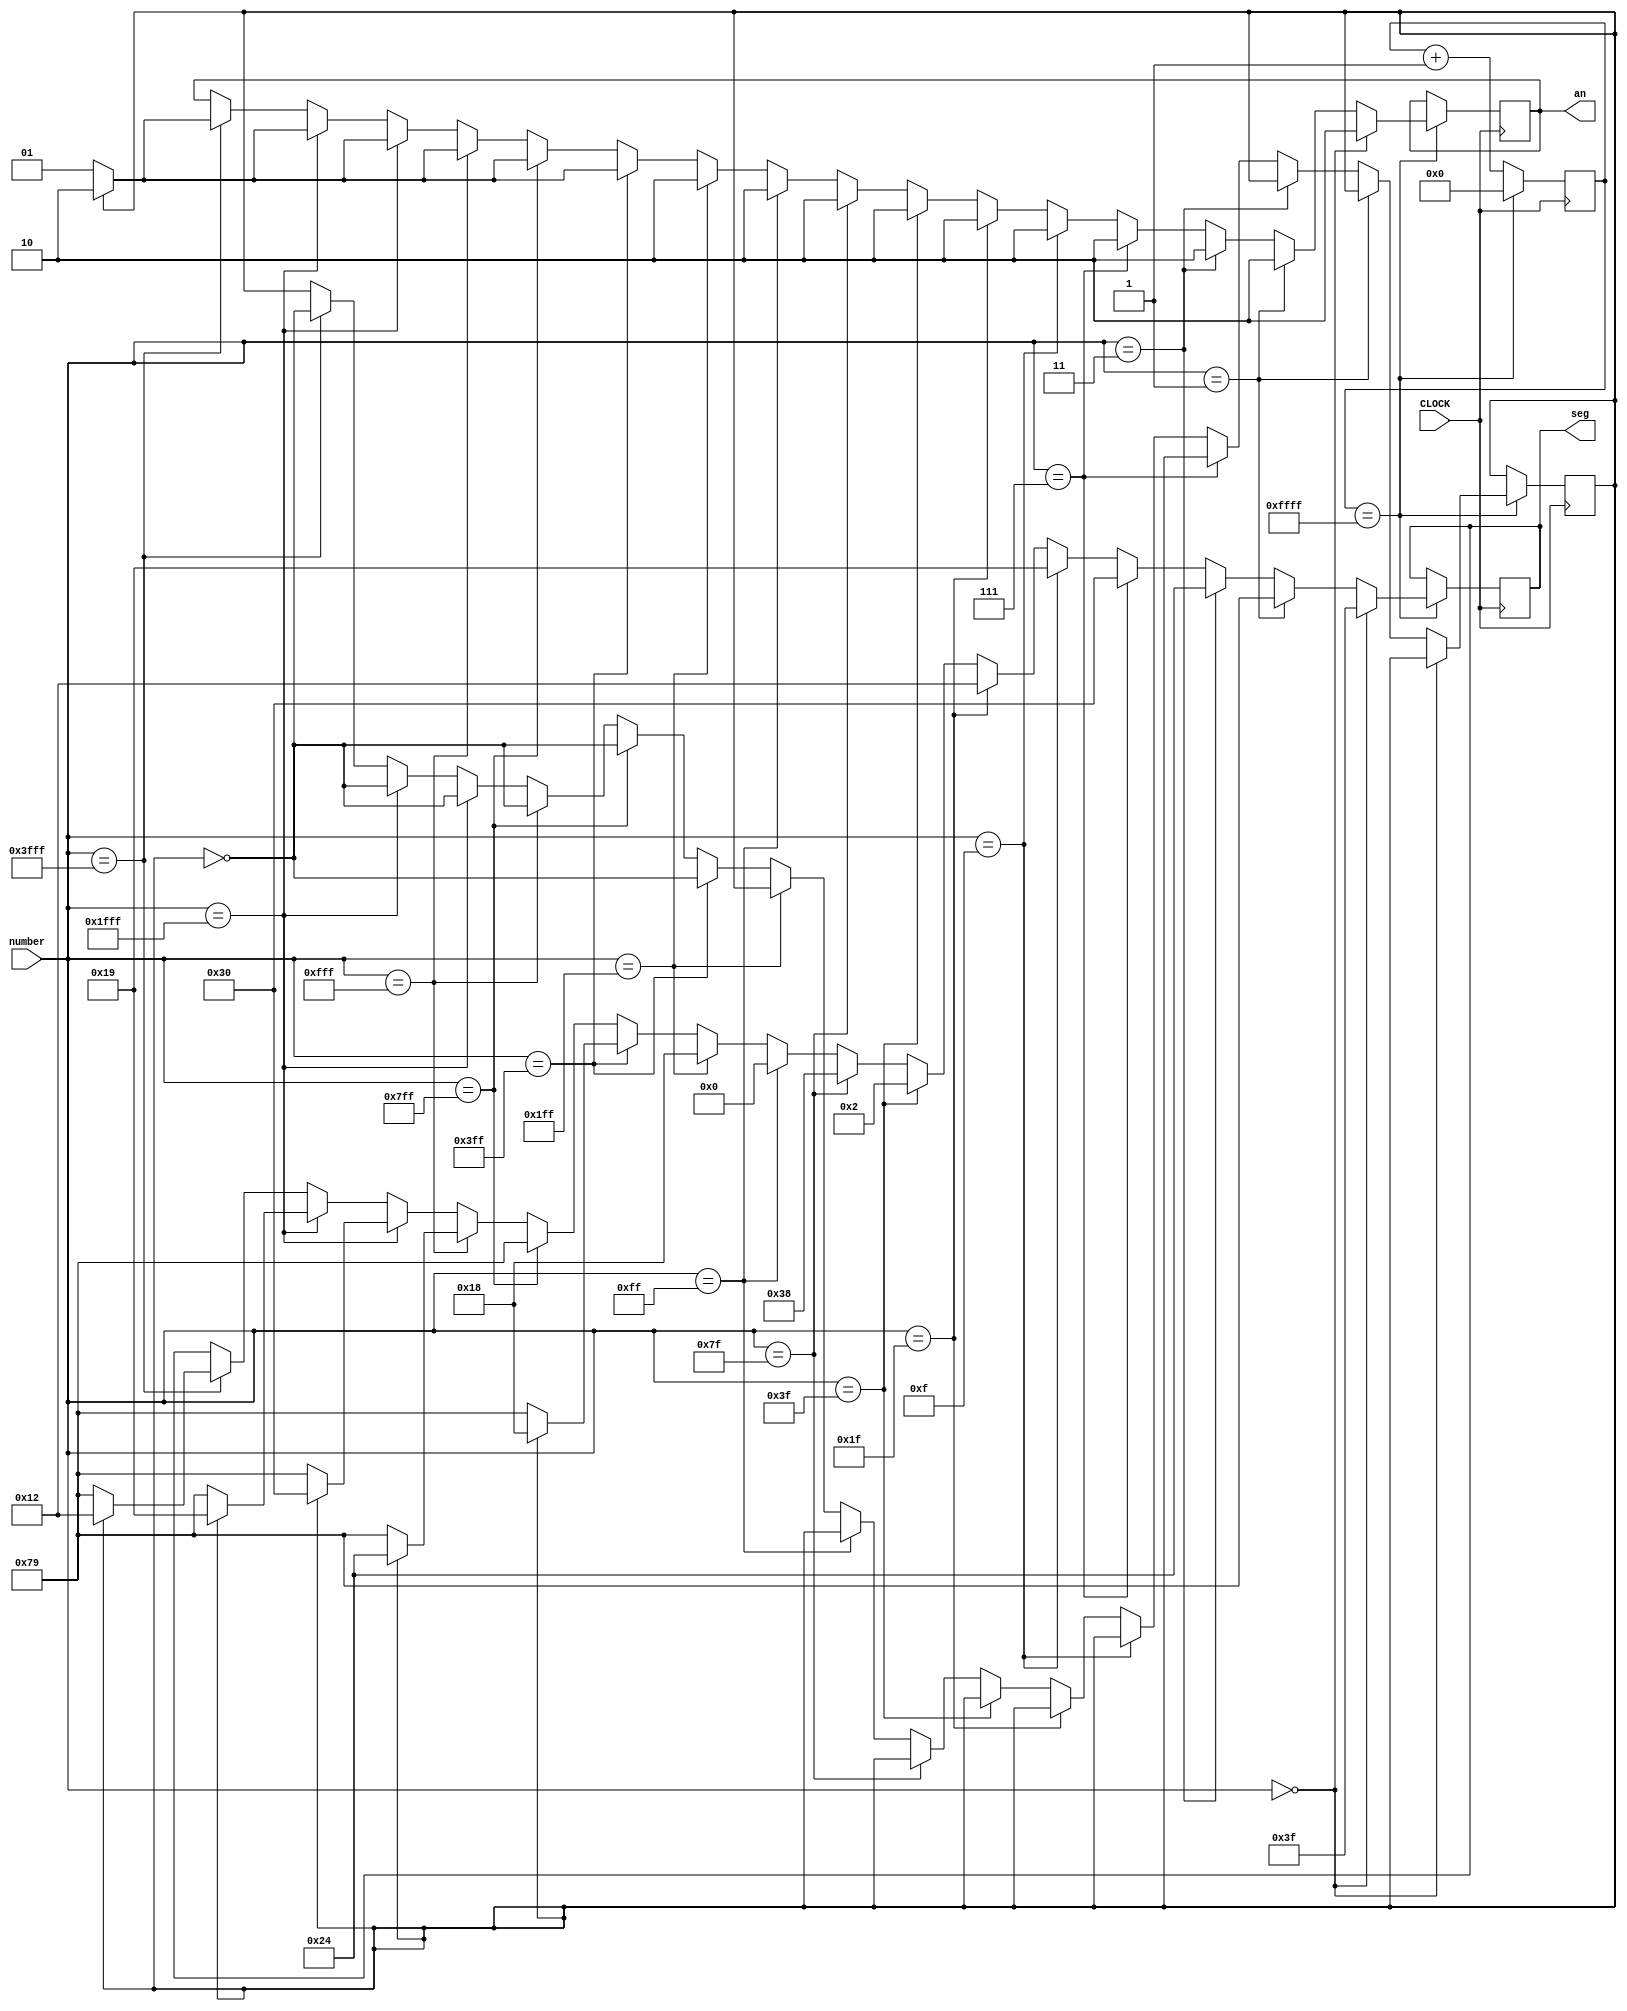
`timescale 1ns / 1ps
//////////////////////////////////////////////////////////////////////////////////
// Company: 
// Engineer: 
// 
// Design Name: 
// Module Name: sevenSegVolume
// Project Name: 
// Target Devices: 
// Tool Versions: 
// Description: 
// 
// Dependencies: 
// 
// Revision:
// Revision 0.01 - File Created
// Additional Comments:
// 
//////////////////////////////////////////////////////////////////////////////////


module sevenSegVolume(input[15:0] number, input CLOCK, output[1:0]an, output[6:0]seg);
    reg[15:0] COUNT_SET = 16'b1111111111111111;
    reg[15:0] COUNT_NOW = 0;
    reg[1:0] currentAN = 3;
    reg [6:0] currentSeg = 7'b1111111;
    reg  isSecondDigit = 1;
    always @ (posedge CLOCK) begin  
        COUNT_NOW <= COUNT_NOW + 1;
        if (COUNT_NOW == COUNT_SET) begin
            if (number == 0) begin
                currentAN <= 2'b10;
                currentSeg <= 7'b0111111;
            end else if (number == 1) begin
                currentAN <= 2'b10;
                currentSeg <= 7'b1111001;
            end else if (number == 2'b11) begin
                currentAN <= 2'b10;
                currentSeg <= 7'b0100100;
            end  else if (number == 3'b111) begin
               currentAN <= 2'b10;
               currentSeg <= 7'b0110000;
            end  else if (number == 4'b1111) begin
                 currentAN <= 2'b10;
                 currentSeg <= 7'b0011001;
            end else if (number == 5'b11111) begin
                  currentAN <= 2'b10;
                  currentSeg <= 7'b0010010;
             end else if (number == 6'b111111) begin
                    currentAN <= 2'b10;
                    currentSeg <= 7'b0000010;
               end else if (number == 7'b1111111) begin
                    currentAN <= 2'b10;
                    currentSeg <= 7'b0111000;
               end else if (number == 8'b11111111) begin
                    currentAN <= 2'b10;
                    currentSeg <= 7'b0000000;
               end else if (number == 9'b111111111) begin
                    currentAN <= 2'b10;
                    currentSeg <= 7'b0011000;
               end else if (number == 10'b1111111111) begin
                    if (isSecondDigit) begin
                        currentAN <= 2'b10;
                        currentSeg <= 7'b0011000;
                    end else begin
                        currentAN <= 2'b01;
                        currentSeg <= 7'b1111001;
                    end
                    isSecondDigit <= ~isSecondDigit;
               end else if (number == 11'b11111111111) begin
                   if (isSecondDigit) begin
                       currentAN <= 2'b10;
                       currentSeg <= 7'b1111001;
                   end else begin
                       currentAN <= 2'b01;
                       currentSeg <= 7'b1111001;
                   end
                   isSecondDigit <= ~isSecondDigit;
              end else if (number == 12'b111111111111) begin
                     if (isSecondDigit) begin
                         currentAN <= 2'b10;
                         currentSeg <= 7'b0100100;
                     end else begin
                         currentAN <= 2'b01;
                         currentSeg <= 7'b1111001;
                     end
                     isSecondDigit <= ~isSecondDigit;
                end else if (number == 13'b1111111111111) begin
                      if (isSecondDigit) begin
                          currentAN <= 2'b10;
                          currentSeg <= 7'b0110000;
                      end else begin
                          currentAN <= 2'b01;
                          currentSeg <= 7'b1111001;
                      end
                      isSecondDigit <= ~isSecondDigit;
                 end  else if (number == 14'b1111111111111) begin
                       if (isSecondDigit) begin
                           currentAN <= 2'b10;
                           currentSeg <= 7'b0011001;
                       end else begin
                           currentAN <= 2'b01;
                           currentSeg <= 7'b1111001;
                       end
                       isSecondDigit <= ~isSecondDigit;
                  end else if (number == 15'b11111111111111) begin
                         if (isSecondDigit) begin
                             currentAN <= 2'b10;
                             currentSeg <= 7'b0010010;
                         end else begin
                             currentAN <= 2'b01;
                             currentSeg <= 7'b1111001;
                         end
                         isSecondDigit <= ~isSecondDigit;
                    end
                    COUNT_NOW <= 0;
        end
    end

    
      assign an = currentAN;
      assign seg = currentSeg;

endmodule